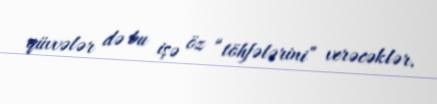
qüvvələr də bu işə öz “töhfələrini” verəcəklər.